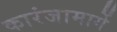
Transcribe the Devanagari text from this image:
कारंजामार्गे